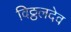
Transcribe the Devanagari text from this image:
विठ्ठलदेव